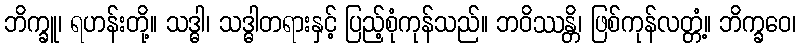
ဘိက္ခူ၊ ရဟန်းတို့။ သဒ္ဓါ၊ သဒ္ဓါတရားနှင့် ပြည့်စုံကုန်သည်။ ဘဝိဿန္တိ၊ ဖြစ်ကုန်လတ္တံ့။ ဘိက္ခဝေ၊